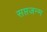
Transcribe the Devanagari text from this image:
सप्तजन्म